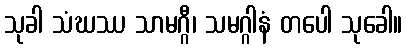
သုခါ သံဃဿ သာမဂ္ဂီ၊ သမဂ္ဂါနံ တပေါ သုခေါ။